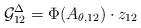
LaTeX: \begin{align*}\mathcal G^\Delta_{12} =\Phi(A_{\theta,12})\cdot z_{12}\end{align*}